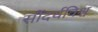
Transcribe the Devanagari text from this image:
सौंदर्यविश्व